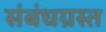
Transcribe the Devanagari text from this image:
संबंधग्रस्त